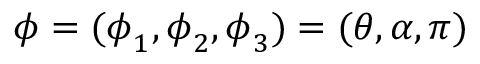
\boldsymbol { \phi } = ( \boldsymbol { \phi } _ { 1 } , \boldsymbol { \phi } _ { 2 } , \boldsymbol { \phi } _ { 3 } ) = ( \boldsymbol { \theta } , \alpha , \pi )